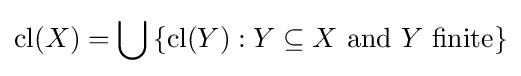
\operatorname {cl} (X)=\bigcup \left\{\operatorname {cl} (Y):Y\subseteq X{\text{ and }}Y{\text{ finite}}\right\}